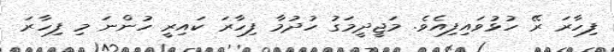
ފިހާރަ ރޭ ހުޅުވައިފިއެވެ. މަޖީދީމަގު ހުދުމާ ފިހާރަ ކައިރީ ހުންނަ މި ފިހާރަ